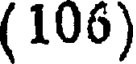
(106)